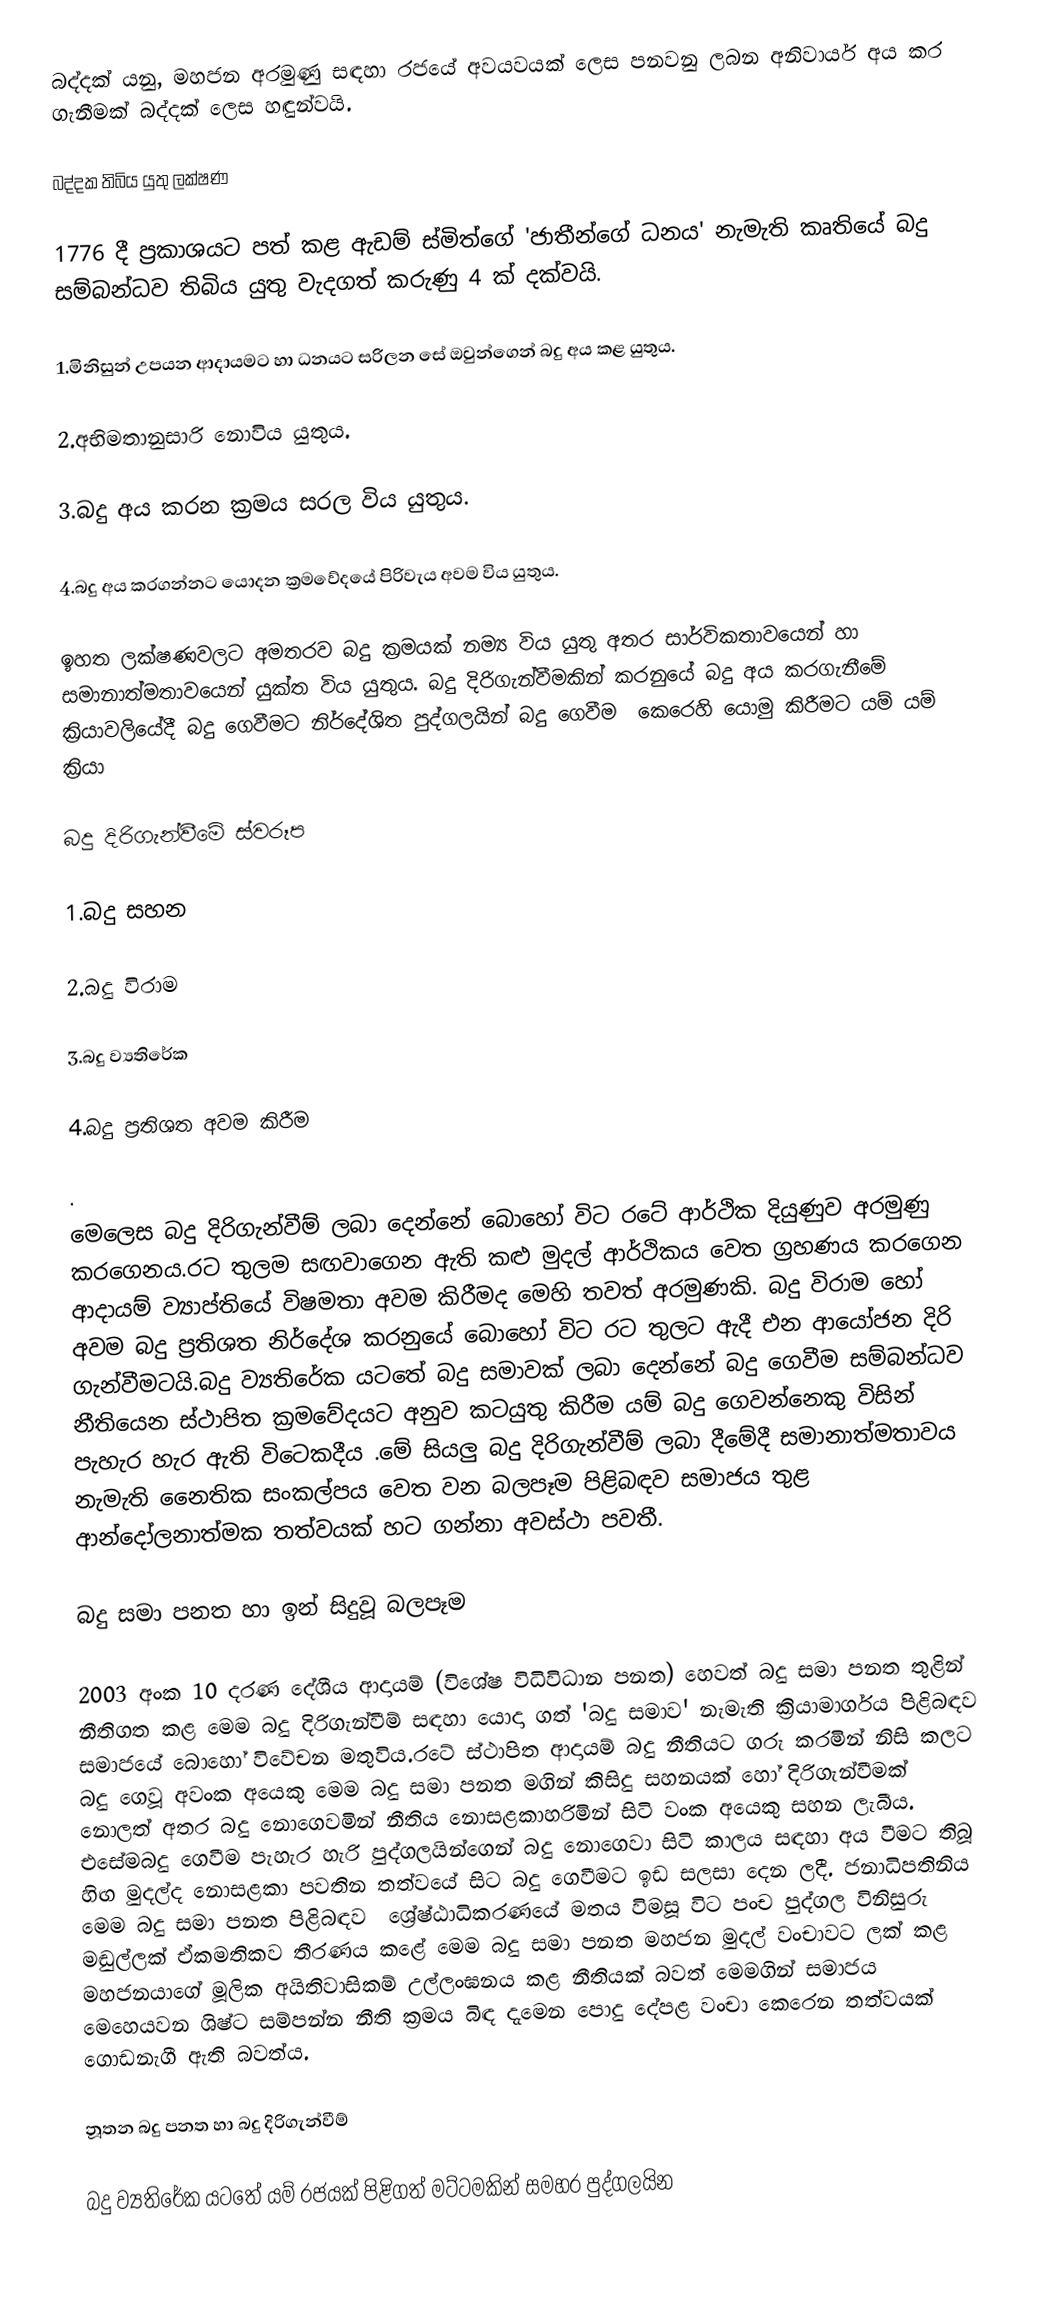
බද්දක් යනු, මහජන අරමුණු සඳහා රජයේ අවයවයක් ‍ලෙස පනවනු ලබන අනිවාර්ය අය කර ගැනීමක් බද්දක්  ලෙස හඳුන්වයි.

බද්දක තිබිය යුතු ලක්ෂණ

1776 දී ප්‍රකාශයට පත් කළ  ඇඩම් ස්මිත්ගේ 'ජාතීන්ගේ ධනය' නැමැති කෘතියේ බදු සම්බන්ධව තිබිය යුතු වැදගත් කරුණු 4 ක් දක්වයි.

1.මිනිසුන් උපයන ආදායමට හා ධනයට සරිලන ‍සේ ඔවුන්ගෙන් බදු අය කළ යුතුය.

2.අභිමතානුසාරි නොවිය යුතුය.

3.බදු අය කරන ක්‍රමය සරල විය යුතුය.

4.බදු අය කරගන්නට යොදන ක්‍රමවේදයේ පිරිවැය අවම විය යුතුය.

ඉහත ලක්ෂණවලට අමතරව බදු ක්‍රමයක් නම්‍ය විය යුතු අතර සාර්විකතාවයෙන් හා  සමානාත්මතාවයෙන් යුක්ත විය යුතුය. බදු දිරිගැන්වීමකින් කරනුයේ බදු අය කරගැනීමේ  ක්‍රියාවලියේදී බදු ගෙවීමට  නිර්දේශිත පුද්ගලයින් බදු ගෙවීම ‍ කෙරෙහි යොමු කිරීමට යම් යම් ක්‍රියා

බදු දිරිගැන්වීමේ ස්වරූප

1.බදු සහන

2.බදු විරාම

3.බදු ව්‍යතිරේක

4.බදු ප්‍රතිශත අවම කිරීම

.
මෙලෙස බදු දිරිගැන්වීම් ලබා දෙන්නේ බොහෝ විට රටේ ආර්ථික දියුණුව අරමුණු කරගෙනය.රට තුලම සඟවාගෙන ඇති කළු මුදල් ආර්ථිකය වෙත ග්‍රහණය කරගෙන ආදායම් ව්‍යාප්තියේ විෂමතා  අවම කිරීමද මෙහි තවත් අරමුණකි.				               බදු විරාම හෝ අවම බදු ප්‍රතිශත නිර්දේශ කරනුයේ බොහෝ විට රට තුලට ඇදී එන ආයෝජන දිරි ගැන්වීමටයි.බදු ව්‍යතිරේක යටතේ බදු සමාවක් ලබා දෙන්නේ බදු ගෙවීම සම්බන්ධව නීතියෙන ස්ථාපිත ක්‍රමවේදයට අනුව කටයුතු කිරීම යම් බදු ගෙවන්නෙකු විසින් පැහැර හැර ඇති විටෙකදීය .මේ සියලු බදු දිරිගැන්වීම් ලබා දීමේදී සමානාත්මතාවය නැමැති නෛතික සංකල්පය වෙත වන බලපෑම පිළිබඳව සමාජය තුළ ආන්දෝලනාත්මක තත්වයක් හට ගන්නා අවස්ථා පවතී.

බදු සමා පනත හා ඉන් සිදුවූ බලපෑම

2003 අංක 10 දරණ දේශීය ආදායම් (විශේෂ විධිවිධාන පනත) හෙවත් බදු සමා පනත තුළින් නීතිගත කළ මෙම බදු දිරිගැන්වීම් සඳහා යොදා ගත් 'බදු සමාව' නැමැති ක්‍රියාමාර්ගය පිළිබඳව සමාජයේ බොහෝ විවේචන මතුවිය.රටේ ස්ථාපිත ආදායම් බදු නීතියට ගරු කරමින් නිසි කලට බදු ‍ගෙවූ අවංක අයෙකු මෙම බදු සමා පනත මගින් කිසිදු සහනයක් හෝ දිරිගැන්වීමක්  නොලත් අතර බදු නොගෙවමින් නීතිය නොසළකාහරිමින් සිටි වංක අයෙකු සහන ලැබී‍ය. එසේමබදු ගෙවීම පැහැර හැරි පුද්ගලයින්ගෙන් බදු නොගෙවා සිටි කාලය සඳහා අය වීමට තිබූ හිඟ මුදල්ද  ‍නොසළකා පවතින තත්වයේ සිට බදු ගෙවීමට ඉඩ සලසා දෙන ලදී.						                ජනාධිපතිනිය මෙම බදු සමා පනත පිළිබඳව ‍ ශ්‍රේෂ්ඨාධිකරණයේ මතය විමසූ විට පංච පුද්ගල විනිසුරු මඬුල්ලක් ඒකමතිකව තීරණය කළේ  මෙම බදු සමා පනත මහජන මුදල් වංචාවට ලක් කළ මහජනයාගේ මූලික අයිතිවාසිකම් උල්ලංඝනය කළ නීතියක් බවත් මෙමගින් සමාජය                       මෙහෙයවන ශිෂ්ට සම්පන්න  නීති ක්‍රමය බිඳ දැමෙන පොදු දේපළ වංචා කෙරෙන තත්වයක් ගොඩනැගී ඇති බවත්ය.

නූතන බදු පනත හා බදු දිරිගැන්වීම්

බදු ව්‍යතිරේක යටතේ යම් රජයක් පිළිගත් මට්ටමකින් සමහර පුද්ගලයින